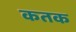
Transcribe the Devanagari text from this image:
कतक